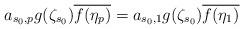
LaTeX: \begin{align*}a_{s_0,p}g(\zeta_{s_0})\overline{f(\eta_p)}=a_{s_0,1}g(\zeta_{s_0})\overline{f(\eta_1)}\end{align*}